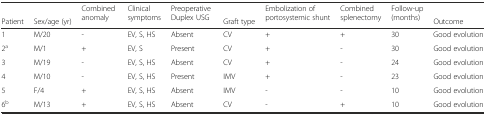
<table><thead><tr><td></td><td></td><td rowspan="2"><b>Combined anomaly</b></td><td rowspan="2"><b>Clinical symptoms</b></td><td rowspan="2"><b>Preoperative Duplex USG</b></td><td></td><td rowspan="2"><b>Embolization of portosystemic shunt</b></td><td rowspan="2"><b>Combined splenectomy</b></td><td rowspan="2"><b>Follow-up (months)</b></td><td></td></tr><tr><td><b>Patient</b></td><td><b>Sex/age (yr)</b></td><td><b>Graft type</b></td><td><b>Outcome</b></td></tr></thead><tbody><tr><td>1</td><td>M/20</td><td>-</td><td>EV, S, HS</td><td>Absent</td><td>CV</td><td>+</td><td>+</td><td>30</td><td>Good evolution</td></tr><tr><td>2<sup>a</sup></td><td>M/1</td><td>+</td><td>EV, S</td><td>Present</td><td>CV</td><td>+</td><td>-</td><td>30</td><td>Good evolution</td></tr><tr><td>3</td><td>M/19</td><td>-</td><td>EV, S, HS</td><td>Absent</td><td>CV</td><td>+</td><td>-</td><td>24</td><td>Good evolution</td></tr><tr><td>4</td><td>M/10</td><td>-</td><td>EV, S, HS</td><td>Present</td><td>IMV</td><td>+</td><td>-</td><td>23</td><td>Good evolution</td></tr><tr><td>5</td><td>F/4</td><td>+</td><td>EV, S, HS</td><td>Absent</td><td>IMV</td><td>-</td><td>-</td><td>10</td><td>Good evolution</td></tr><tr><td>6<sup>b</sup></td><td>M/13</td><td>+</td><td>EV, S, HS</td><td>Absent</td><td>CV</td><td>-</td><td>+</td><td>10</td><td>Good evolution</td></tr></tbody></table>